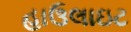
હાઉલાઇટ